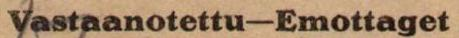
Vastaanotettu - Emottaget